Report on the working of the mental hospitals for Indians in Bihar and Orissa - 1925-1929
Year: 1925
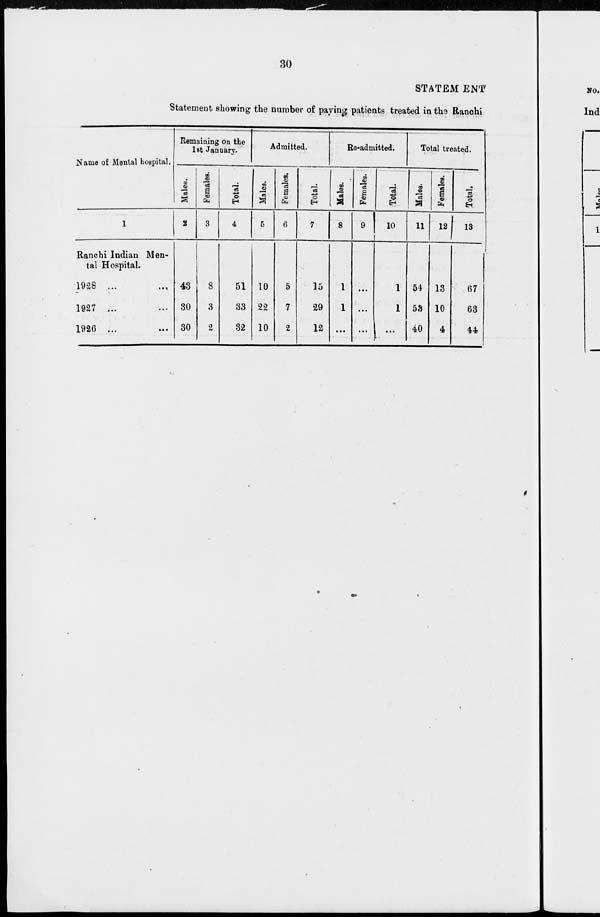
30
STATEMENT
Statement showing the number of paying patients treated in the Ranchi
Name of Mental hospital.
1
Ranchi Indian Men-
tal Hospital.
1928 ... ...
1927 ... ...
1926 ... ...
Remaining on the
1st January.
Males.
2
43
30
30
Females.
3
8
3
2
Total.
4
51
33
32
Admitted.
Males.
5
10
22
10
Females.
6
5
7
2
Total.
7
15
29
12
Re-admitted.
Males.
8
1
1
...
Females.
9
...
...
...
Total.
10
1
1
...
Total treated.
Males.
11
54
53
40
Females.
12
13
10
4
Total.
13
67
63
44